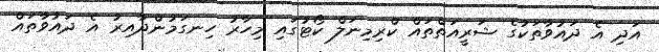
އަދި އެ ދައުވާތަކުގެ ޝަރީއަތްތައް ކްރިމިނަލް ކޯޓުގައި މިހާރު ހިނގަމުންދާއިރު އެ ދައުވާތައް